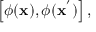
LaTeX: \left[ \phi ( { \bf x } ) , \phi ( { \bf x } ^ { ' } ) \right] ,